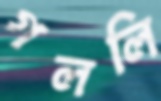
গললি